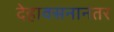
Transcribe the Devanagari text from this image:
देहावसनानंतर